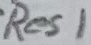
Text: Res1